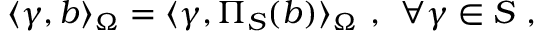
\langle \gamma , b \rangle _ { \Omega } = \langle \gamma , \Pi _ { S } ( b ) \rangle _ { \Omega } \mathrm { ~ , ~ } \; \forall \gamma \in S \mathrm { ~ , ~ }